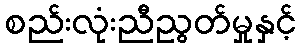
စည်းလုံးညီညွတ်မှုနှင့်